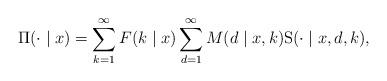
LaTeX: \begin{align*}\Pi(\cdot\mid x) = \sum_{k=1}^{\infty}F( k \mid x) \sum_{d=1}^{\infty} M(d\mid x,k) \mathrm{S}(\cdot\mid x, d, k),\end{align*}